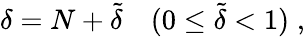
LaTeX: \delta=N+\tilde{\delta}\quad(0\le\tilde{\delta}<1)\; ,